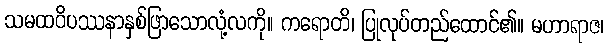
သမထဝိပဿနာနှစ်ဖြာသောလုံ့လကို။ ကရောတိ၊ ပြုလုပ်တည်ထောင်၏။ မဟာရာဇ၊